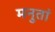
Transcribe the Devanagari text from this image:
मनुतां